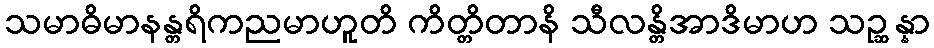
သမာဓိမာနန္တရိကညမာဟူတိ ကိတ္တိတာနိ သီလန္တိအာဒိမာဟ သဉ္ဆန္နာ